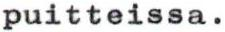
puitteissa.